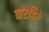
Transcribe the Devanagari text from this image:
नरहिरे